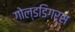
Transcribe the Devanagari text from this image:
गोल्डडिगर्स